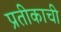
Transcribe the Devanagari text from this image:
प्रतीकाची